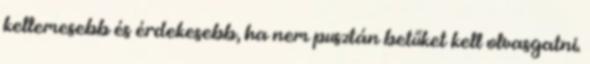
kellemesebb és érdekesebb, ha nem pusztán betűket kell olvasgatni.